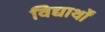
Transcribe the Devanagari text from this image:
विद्यार्थों